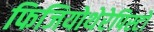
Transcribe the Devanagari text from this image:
फिजियोथेरेपिस्टो